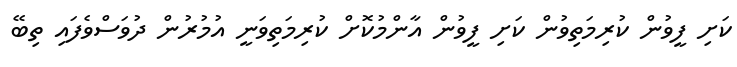
ކަށި ފީވުން ކުރިމަތިވުން ކަށި ފީވުން އާންމުކޮށް ކުރިމަތިވަނީ އުމުރުން ދުވަސްވެފައި ތިބޭ